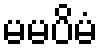
မမပိမံ